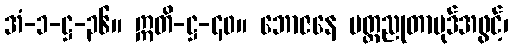
အံ-၁-ဋ္ဌ-၃၆။ ဣတိ-ဋ္ဌ-၄၀။ ဘောဇနေ မတ္တညုတာပုဒ်အဖွင့်၊